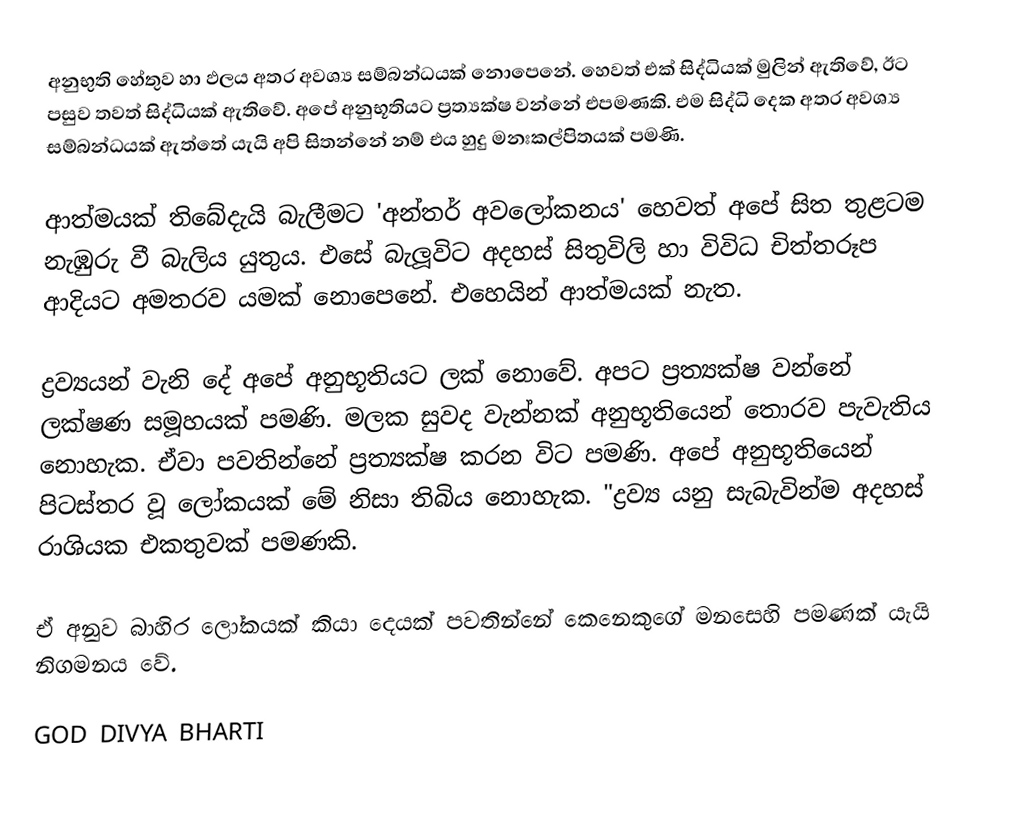
අනුභුති හේතුව හා ඵලය අතර අවශ්‍ය සම්බන්ධයක් නොපෙනේ. හෙවත් එක් සිද්ධියක් මුලින් ඇතිවේ, ඊට පසුව තවත් සිද්ධියක් ඇතිවේ. අපේ අනුභූතියට ප්‍රත්‍යක්ෂ වන්නේ එපමණකි. එම සිද්ධි දෙක අතර අවශ්‍ය සම්බන්ධයක් ඇත්තේ යැයි අපි සිතන්නේ නම් එය හුදු මනඃකල්පිතයක් පමණි.

ආත්මයක් තිබේදැයි බැලීමට 'අන්තර් අවලෝකනය' හෙවත් අපේ සිත තුළටම නැඹුරු වී බැලිය යුතුය. එසේ බැලූවිට අදහස් සිතුවිලි හා විවිධ චිත්තරූප ආදියට අමතරව යමක් නොපෙනේ. එහෙයින් ආත්මයක් නැත.

ද්‍රව්‍යයන් වැනි දේ අපේ අනුභූතියට ලක් නොවේ. අපට ප්‍රත්‍යක්ෂ වන්නේ ලක්ෂණ සමූහයක් පමණි. මලක සුවද වැන්නක් අනුභූතියෙන් තොරව පැවැතිය නොහැක. ඒවා පවතින්නේ ප්‍රත්‍යක්ෂ කරන විට පමණි. අපේ අනුභූතියෙන් පිටස්තර වූ ලෝකයක් මේ නිසා තිබිය නොහැක. "ද්‍රව්‍ය යනු සැබැවින්ම අදහස් රාශියක එකතුවක් පමණකි.

ඒ අනුව බාහිර ලෝකයක් කියා දෙයක් පවතින්නේ කෙනෙකුගේ මනසෙහි පමණක් යැයි නිගමනය වේ.

GOD DIVYA BHARTI